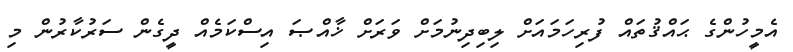
އެމީހުންގެ ޙައްޤުތައް ފުރިހަމައަށް ލިބިދިނުމަށް ވަރަށް ޚާއްޞަ އިސްކަމެއް ދީގެން ސަރުކާރުން މި